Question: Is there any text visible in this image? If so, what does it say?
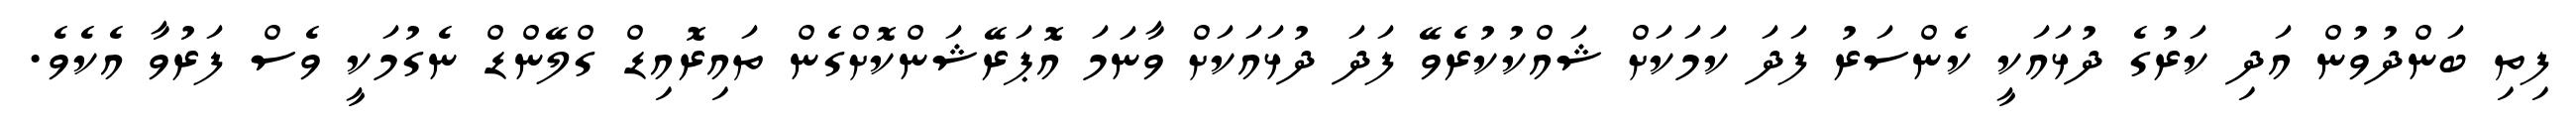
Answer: ފިތި ބަންދުވުން އަދި ކަރުގެ ދުޅައަކީ ކެންސަރު ފަދަ ކަމަކަށް ޝައްކުކުރެވޭ ފަދަ ދުޅައަކަށް ވާނަމަ އޮޕަރޭޝަންކޮށްގެން ތައިރޮއިޑް ގްލޭންޑް ނެގުމަކީ ވެސް ފަރުވާ އެކެވެ.